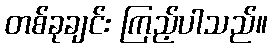
တစ်ခုချင်း ကြည့်ပါသည်။